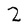
Character: 2